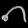
Digit: ၈